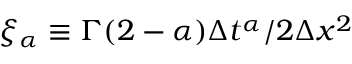
\xi _ { \alpha } \equiv \Gamma ( 2 - \alpha ) \Delta t ^ { \alpha } / 2 \Delta x ^ { 2 }